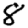
Digit: 8